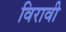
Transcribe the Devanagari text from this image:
विरावी